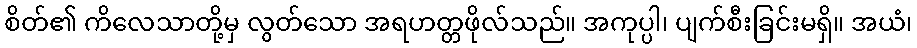
စိတ်၏ ကိလေသာတို့မှ လွတ်သော အရဟတ္တဖိုလ်သည်။ အကုပ္ပါ၊ ပျက်စီးခြင်းမရှိ။ အယံ၊